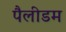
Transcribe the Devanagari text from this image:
पैलीडम